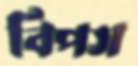
বিপস